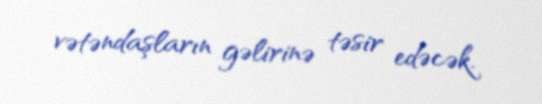
vətəndaşların gəlirinə təsir edəcək.